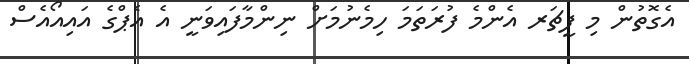
އެގޮތުން މި ފީޗަރ އެންމެ ފުރަތަމަ ހިމެނުމަށް ނިންމާފައިވަނީ އެ އެޕްގެ އައިއޯއެސް